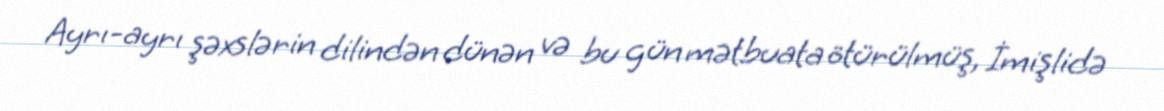
Ayrı-ayrı şəxslərin dilindən dünən və bu gün mətbuata ötürülmüş, İmişlidə